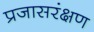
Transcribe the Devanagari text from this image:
प्रजासरंक्षण